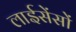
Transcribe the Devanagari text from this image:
लाईसेंसों